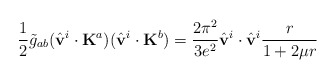
\begin{align*}\frac{1}{2}\tilde{g}_{ab}(\hat{\bf v}^i\cdot{\bf K}^a)(\hat{\bf v}^i\cdot{\bf K}^b)=\frac{2\pi^2}{3e^2}\hat{\bf v}^i\cdot\hat{\bf v}^i\frac{r}{1+2\mu r}\end{align*}